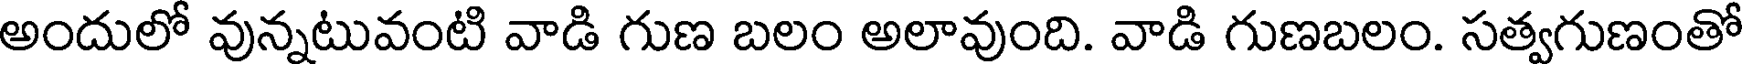
అందులో వున్నటువంటి వాడి గుణ బలం అలావుంది. వాడి గుణబలం. సత్వగుణంతో